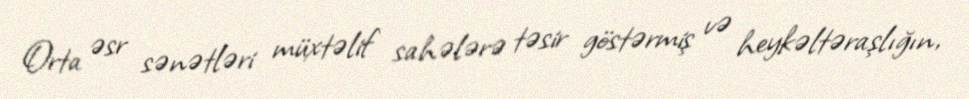
Orta əsr sənətləri müxtəlif sahələrə təsir göstərmiş və heykəltəraşlığın,